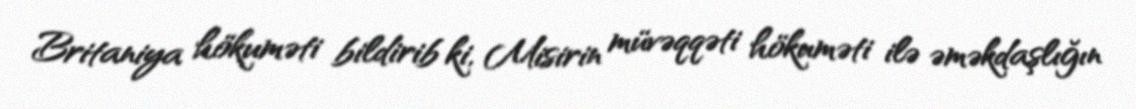
Britaniya hökuməti bildirib ki, Misirin müvəqqəti hökuməti ilə əməkdaşlığın